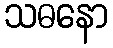
သဓနော